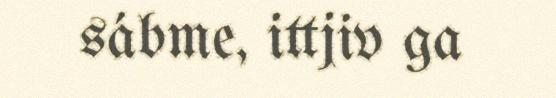
sábme, ittjiv ga